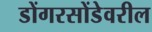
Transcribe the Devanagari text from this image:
डोंगरसोंडेवरील